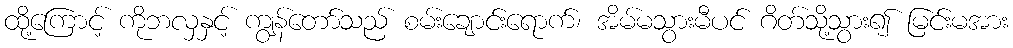
ထို့ကြောင့် ကိုဘလှနှင့် ကျွန်တော်သည် စမ်းချောင်းရောက်၊ အိမ်မသွားမီပင် ဂိတ်သို့သွား၍ မြင်းမအား